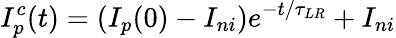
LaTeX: I_{p}^{c}(t)=(I_{p}(0)-I_{ni})e^{-t/\tau_{LR}}+I_{ni}